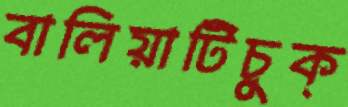
বালিয়াটিচুক্